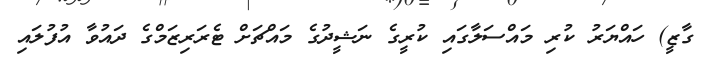
ގާޒީ) ހައްޔަރު ކުރި މައްސަލާގައި ކުރީގެ ނަޝީދުގެ މައްޗަށް ޓެރަރިޒަމްގެ ދައުވާ އުފުލައި